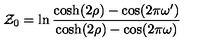
{ \cal Z } _ { 0 } = \ln \frac { \cosh ( 2 \rho ) - \cos ( 2 \pi \omega ^ { \prime } ) } { \cosh ( 2 \rho ) - \cos ( 2 \pi \omega ) }